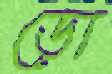
ডো